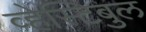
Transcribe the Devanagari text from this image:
व्हेस्टिबुल